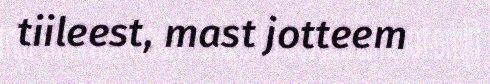
tiileest, mast jotteem